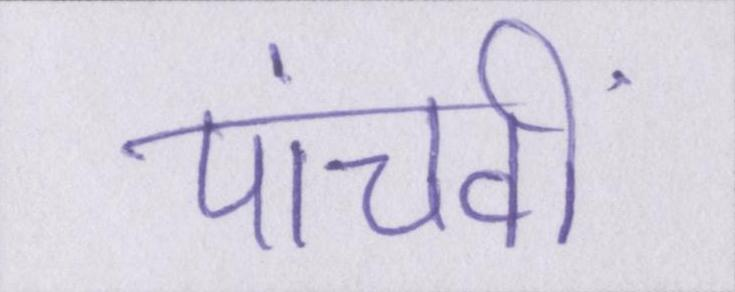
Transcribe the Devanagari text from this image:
पांचवीं